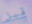
قبل